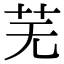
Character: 芜